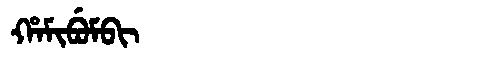
Manchu: ᡥᠠᠮᡳᠪᡠᠮᠪᡳ
Romanization: HAMIBUMBI